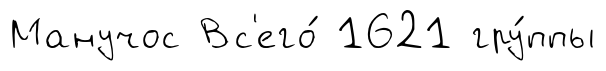
Манучос Вс'его́ 1621 гру́ппы